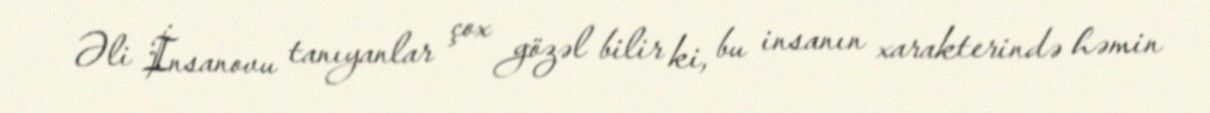
Əli İnsanovu tanıyanlar çox gözəl bilir ki, bu insanın xarakterində həmin